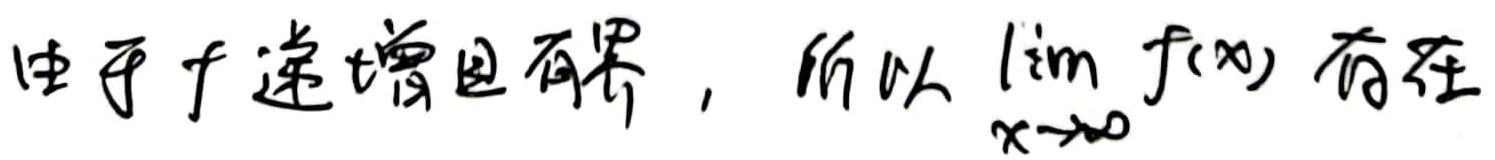
由于 \( f \) 递增且有界，所以 \( \lim_{x \to +\infty} f(x) \) 存在